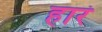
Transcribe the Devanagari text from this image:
हारं